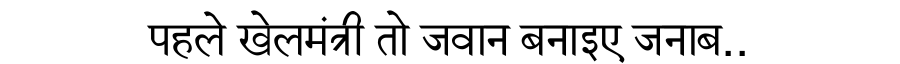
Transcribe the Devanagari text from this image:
पहले खेलमंत्री तो जवान बनाइए जनाब..